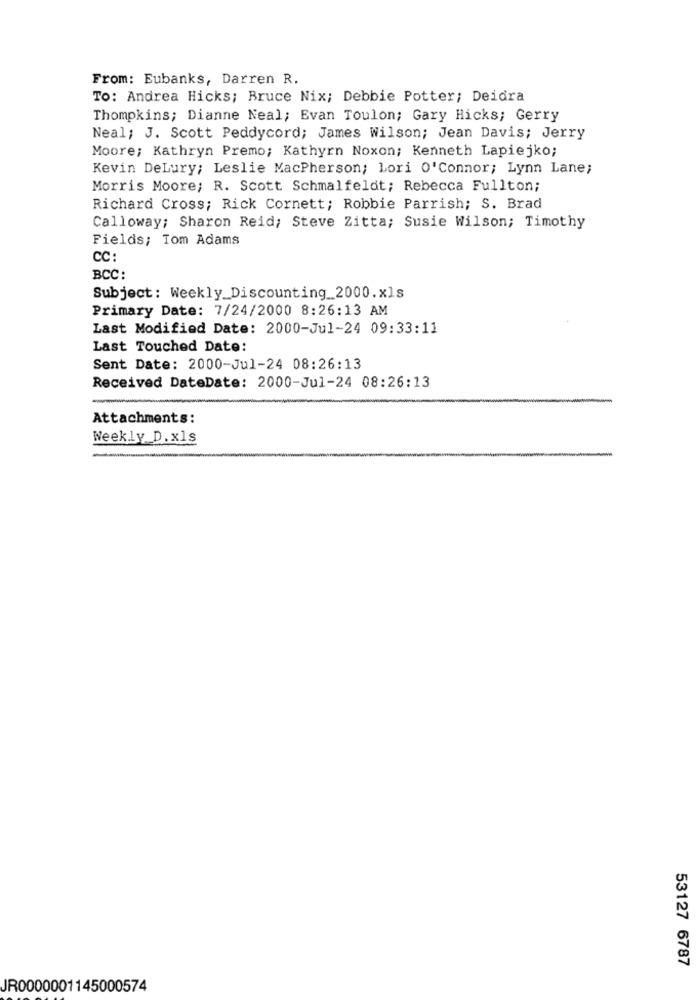
From: Eubanks, Darren R.
To: Andrea Hicks; Bruce Nix; Debbie Potter; Deidra
Thompkins; Dianne Neal; Evan Toulon; Gary Hicks; Gerry
Neal; J. Scott Peddycord; James Wilson; Jean Davis; Jerry
Moore; Kathryn Premo; Kathyrn Noxon; Kenneth Lapiejko;
Kevin DeLury; Leslie MacPherson; Lori O'Connor; Lynn Lane;
Morris Moore; R. Scott Schmalfeldt; Rebecca Fullton;
Richard Cross; Rick Cornett; Robbie Parrish; S. Brad
Calloway; Sharon Reid; Steve Zitta; Susie Wilson; Timothy
Fields; Tom Adams
CC:
BCC:
Subject: Weekly_Discounting_2000.xls
Primary Date: 7/24/2000 8:26:13 AM
Last Modified Date: 2000-Jul-24 09:33:11
Last Touched Date:
Sent Date: 2000-Jul-24 08:26:13
Received DateDate: 2000-Jul-24 08:26:13
Attachments:
Weekly D.xls
-
53127 6787
JR0000001145000574